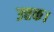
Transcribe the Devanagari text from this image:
उत्तक।